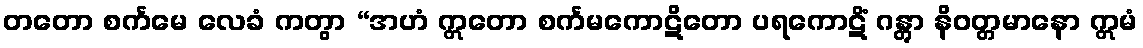
တတော စင်္ကမေ လေခံ ကတွာ “အဟံ ဣတော စင်္ကမကောဋိတော ပရကောဋိံ ဂန္တွာ နိဝတ္တမာနော ဣမံ